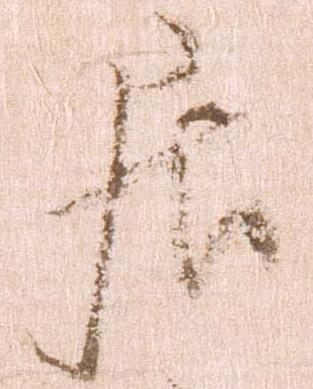
居